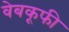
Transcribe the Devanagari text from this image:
वेबकूफी